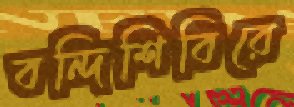
বন্দিশিবিরে